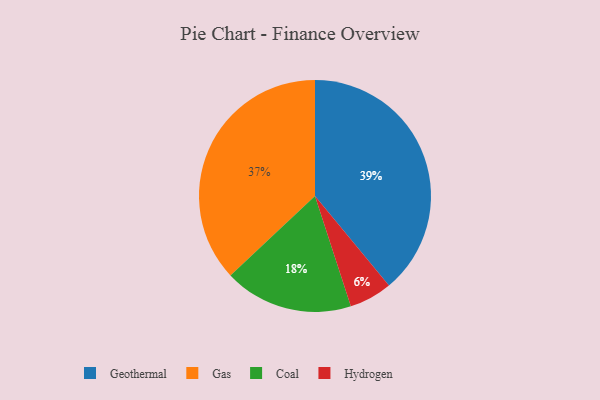
{"axis": {"x": "Category", "y": "Percentage"}, "legend": ["Coal", "Gas", "Geothermal", "Hydrogen"], "data": [{"x": "Hydrogen", "y": 6, "type": "Hydrogen"}, {"x": "Coal", "y": 18, "type": "Coal"}, {"x": "Geothermal", "y": 39, "type": "Geothermal"}, {"x": "Gas", "y": 37, "type": "Gas"}]}